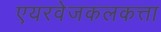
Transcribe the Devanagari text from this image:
एयरवेजकलकत्ता